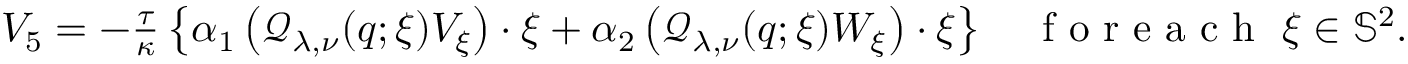
\begin{array} { r } { V _ { 5 } = - \frac { \tau } { \kappa } \left\lbrace \alpha _ { 1 } \left( \mathcal { Q } _ { \lambda , \nu } ( q ; \xi ) V _ { \xi } \right) \cdot \xi + \alpha _ { 2 } \left( \mathcal { Q } _ { \lambda , \nu } ( q ; \xi ) W _ { \xi } \right) \cdot \xi \right\rbrace \quad \mathrm { ~ f ~ o ~ r ~ e ~ a ~ c ~ h ~ } ~ \xi \in \mathbb { S } ^ { 2 } . } \end{array}